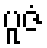
ပူဇံ